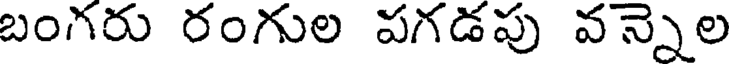
బంగరు రంగుల పగడపు వన్నెల